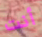
أنت